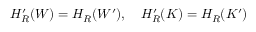
H _ { R } ^ { \prime } ( W ) = H _ { R } ( W ^ { \prime } ) , \quad H _ { R } ^ { \prime } ( K ) = H _ { R } ( K ^ { \prime } )